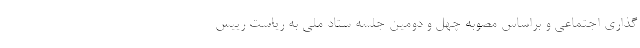
گذاری اجتماعی و براساس مصوبه چهل و دومین جلسه ستاد ملی به ریاست رییس